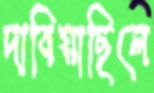
দাবিয়াছিলে